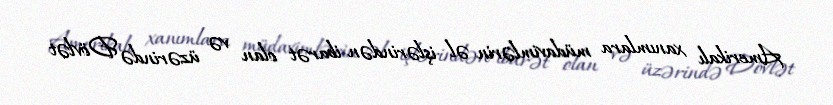
Amerikalı xanımlara müdavimlərin əl işlərindən ibarət olan və üzərində Dövlət